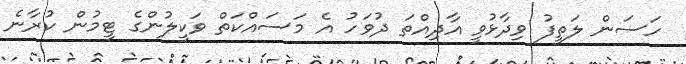
ހަސަން ލަތީފު ވިދާޅުވީ އާދިއްތަ ދުވަހު އެ މަސައްކަތް ވަކީލުންގެ ޓީމުން ކުރާނެ